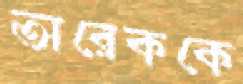
তারেককে